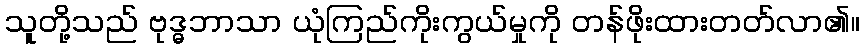
သူတို့သည် ဗုဒ္ဓဘာသာ ယုံကြည်ကိုးကွယ်မှုကို တန်ဖိုးထားတတ်လာ၏။